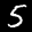
Label: 5